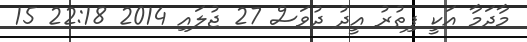
މާދަމާ އަކީ ފިތުރު އީދު ދުވަސް 27 ޖުލައި 2014 22:18 15